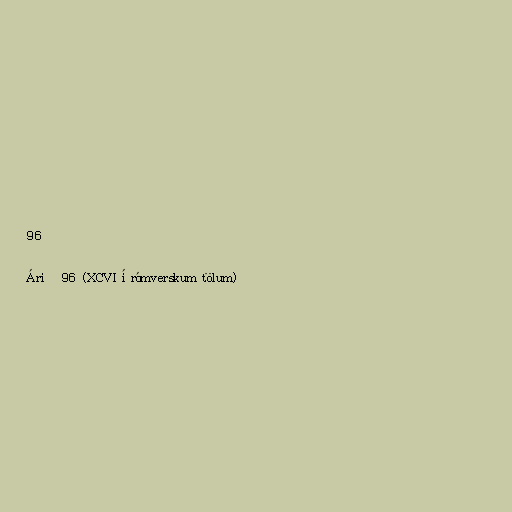
96

Árið 96 (XCVI í rómverskum tölum)